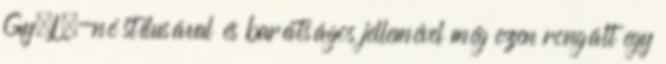
Gy.L.-né stílusával és barátságos jellemével még ezen rongált egy